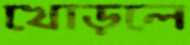
খোড়লে